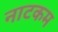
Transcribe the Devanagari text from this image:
नाटकम